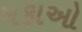
મકાઓ